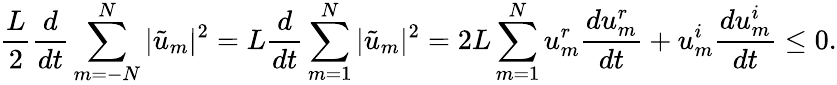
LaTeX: \frac{L}{2}\frac{d}{dt}\sum_{m=-N}^{N}|\tilde{u}_{m}|^{2}=L\frac{d}{dt}\sum_{m=1}^{N}|\tilde{u}_{m}|^{2}=2L\sum_{m=1}^{N}u_{m}^{r}\frac{d{u}_{m}^{r}}{dt}+{u}_{m}^{i}\frac{d{u}_{m}^{i}}{dt}\le 0.